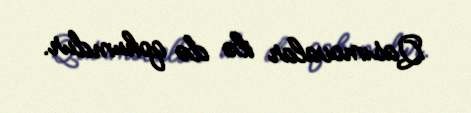
Qasımovalar ilə də qohumdur.